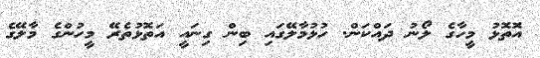
އަޮތޮޅު މީހާގެ ލޯނު ދައްކަން. ހުޅުމާލޭގައި ބިން ގިނައީ އަތޮޅުތެރޭ މީހުންގެ މާލޭގެ